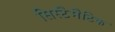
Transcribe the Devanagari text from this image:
सिस्टैमैटिक